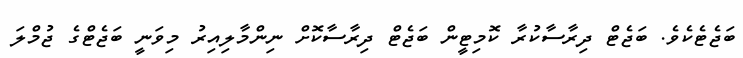
ބަޖެޓެކެވެ. ބަޖެޓް ދިރާސާކުރާ ކޮމިޓީން ބަޖެޓް ދިރާސާކޮށް ނިންމާލިއިރު މިވަނީ ބަޖެޓްގެ ޖުމްލަ